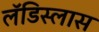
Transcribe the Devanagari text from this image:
लॅडिस्लास